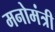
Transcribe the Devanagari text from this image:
मनोमंत्री